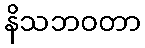
နိသဘဝတာ